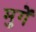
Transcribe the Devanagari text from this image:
मुगें